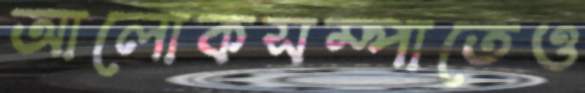
আলোকসম্পাতেও